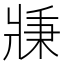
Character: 𤖉